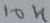
Text: 10K